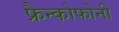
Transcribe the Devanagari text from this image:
फ्रैन्कोफोनी